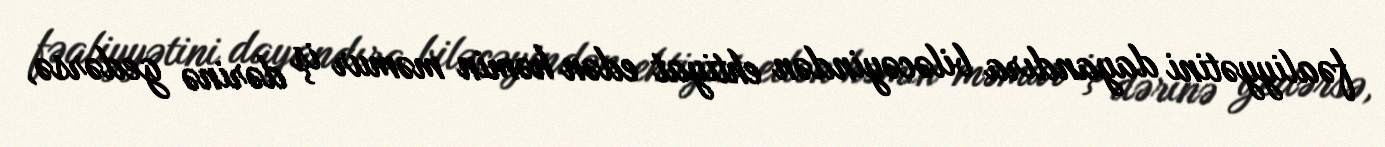
fəaliyyətini dayandıra biləcəyindən ehtiyat edən həmin məmur iş dərinə gedərsə,